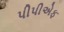
પીપીએફ